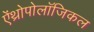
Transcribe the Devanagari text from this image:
ऐंथ्रोपोलॉजिकल